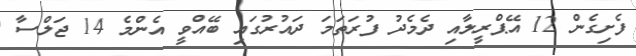
ފެށިގެން 12 އޭޕްރީލާއި ދެމެދު ފުރަތަމަ ދައުރުގައި ބޭއްވީ އެންމެ 14 ޖަލްސާ